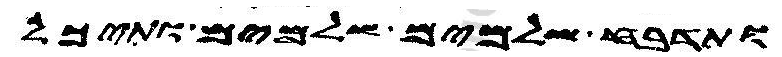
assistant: ותדבח שלמים שלמים ותיכל